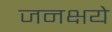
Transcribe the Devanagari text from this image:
जनक्षये